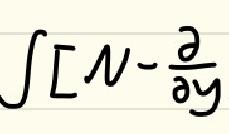
\(\int [ \mathcal{N}-\frac{\partial}{\partial y}\)